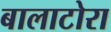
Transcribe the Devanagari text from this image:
बालाटोरा